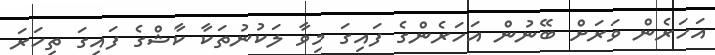
އަހަރެން ވަރަށް ބޭނުން އަހަރެންގެ ފައިގަ މިވާ ލަކުނުތަކާ ކާޝްގެ ފައިގަ ތިހަރަ